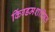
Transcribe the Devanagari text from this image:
किंग्डमशासित